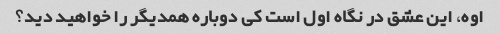
اوه، این عشق در نگاه اول است کی دوباره همدیگر را خواهید دید؟